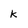
Character: K